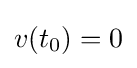
v(t_{0})=0